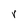
Character: V